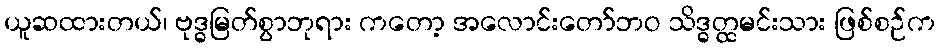
ယူဆထားတယ်၊ ဗုဒ္ဓမြတ်စွာဘုရား ကတော့ အလောင်းတော်ဘဝ သိဒ္ဓတ္ထမင်းသား ဖြစ်စဉ်က